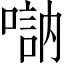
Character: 𠽆